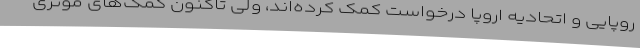
روپایی و اتحادیه اروپا درخواست کمک کرده‌اند، ولی تاکنون کمک‌های موثری